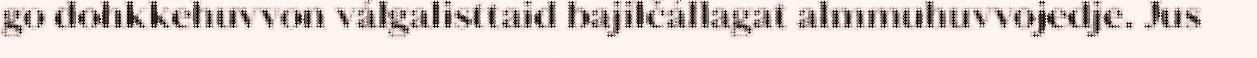
go dohkkehuvvon válgalisttaid bajilčállagat almmuhuvvojedje. Jus